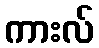
ကားလ်